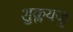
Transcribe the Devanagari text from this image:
शुक्लयजु